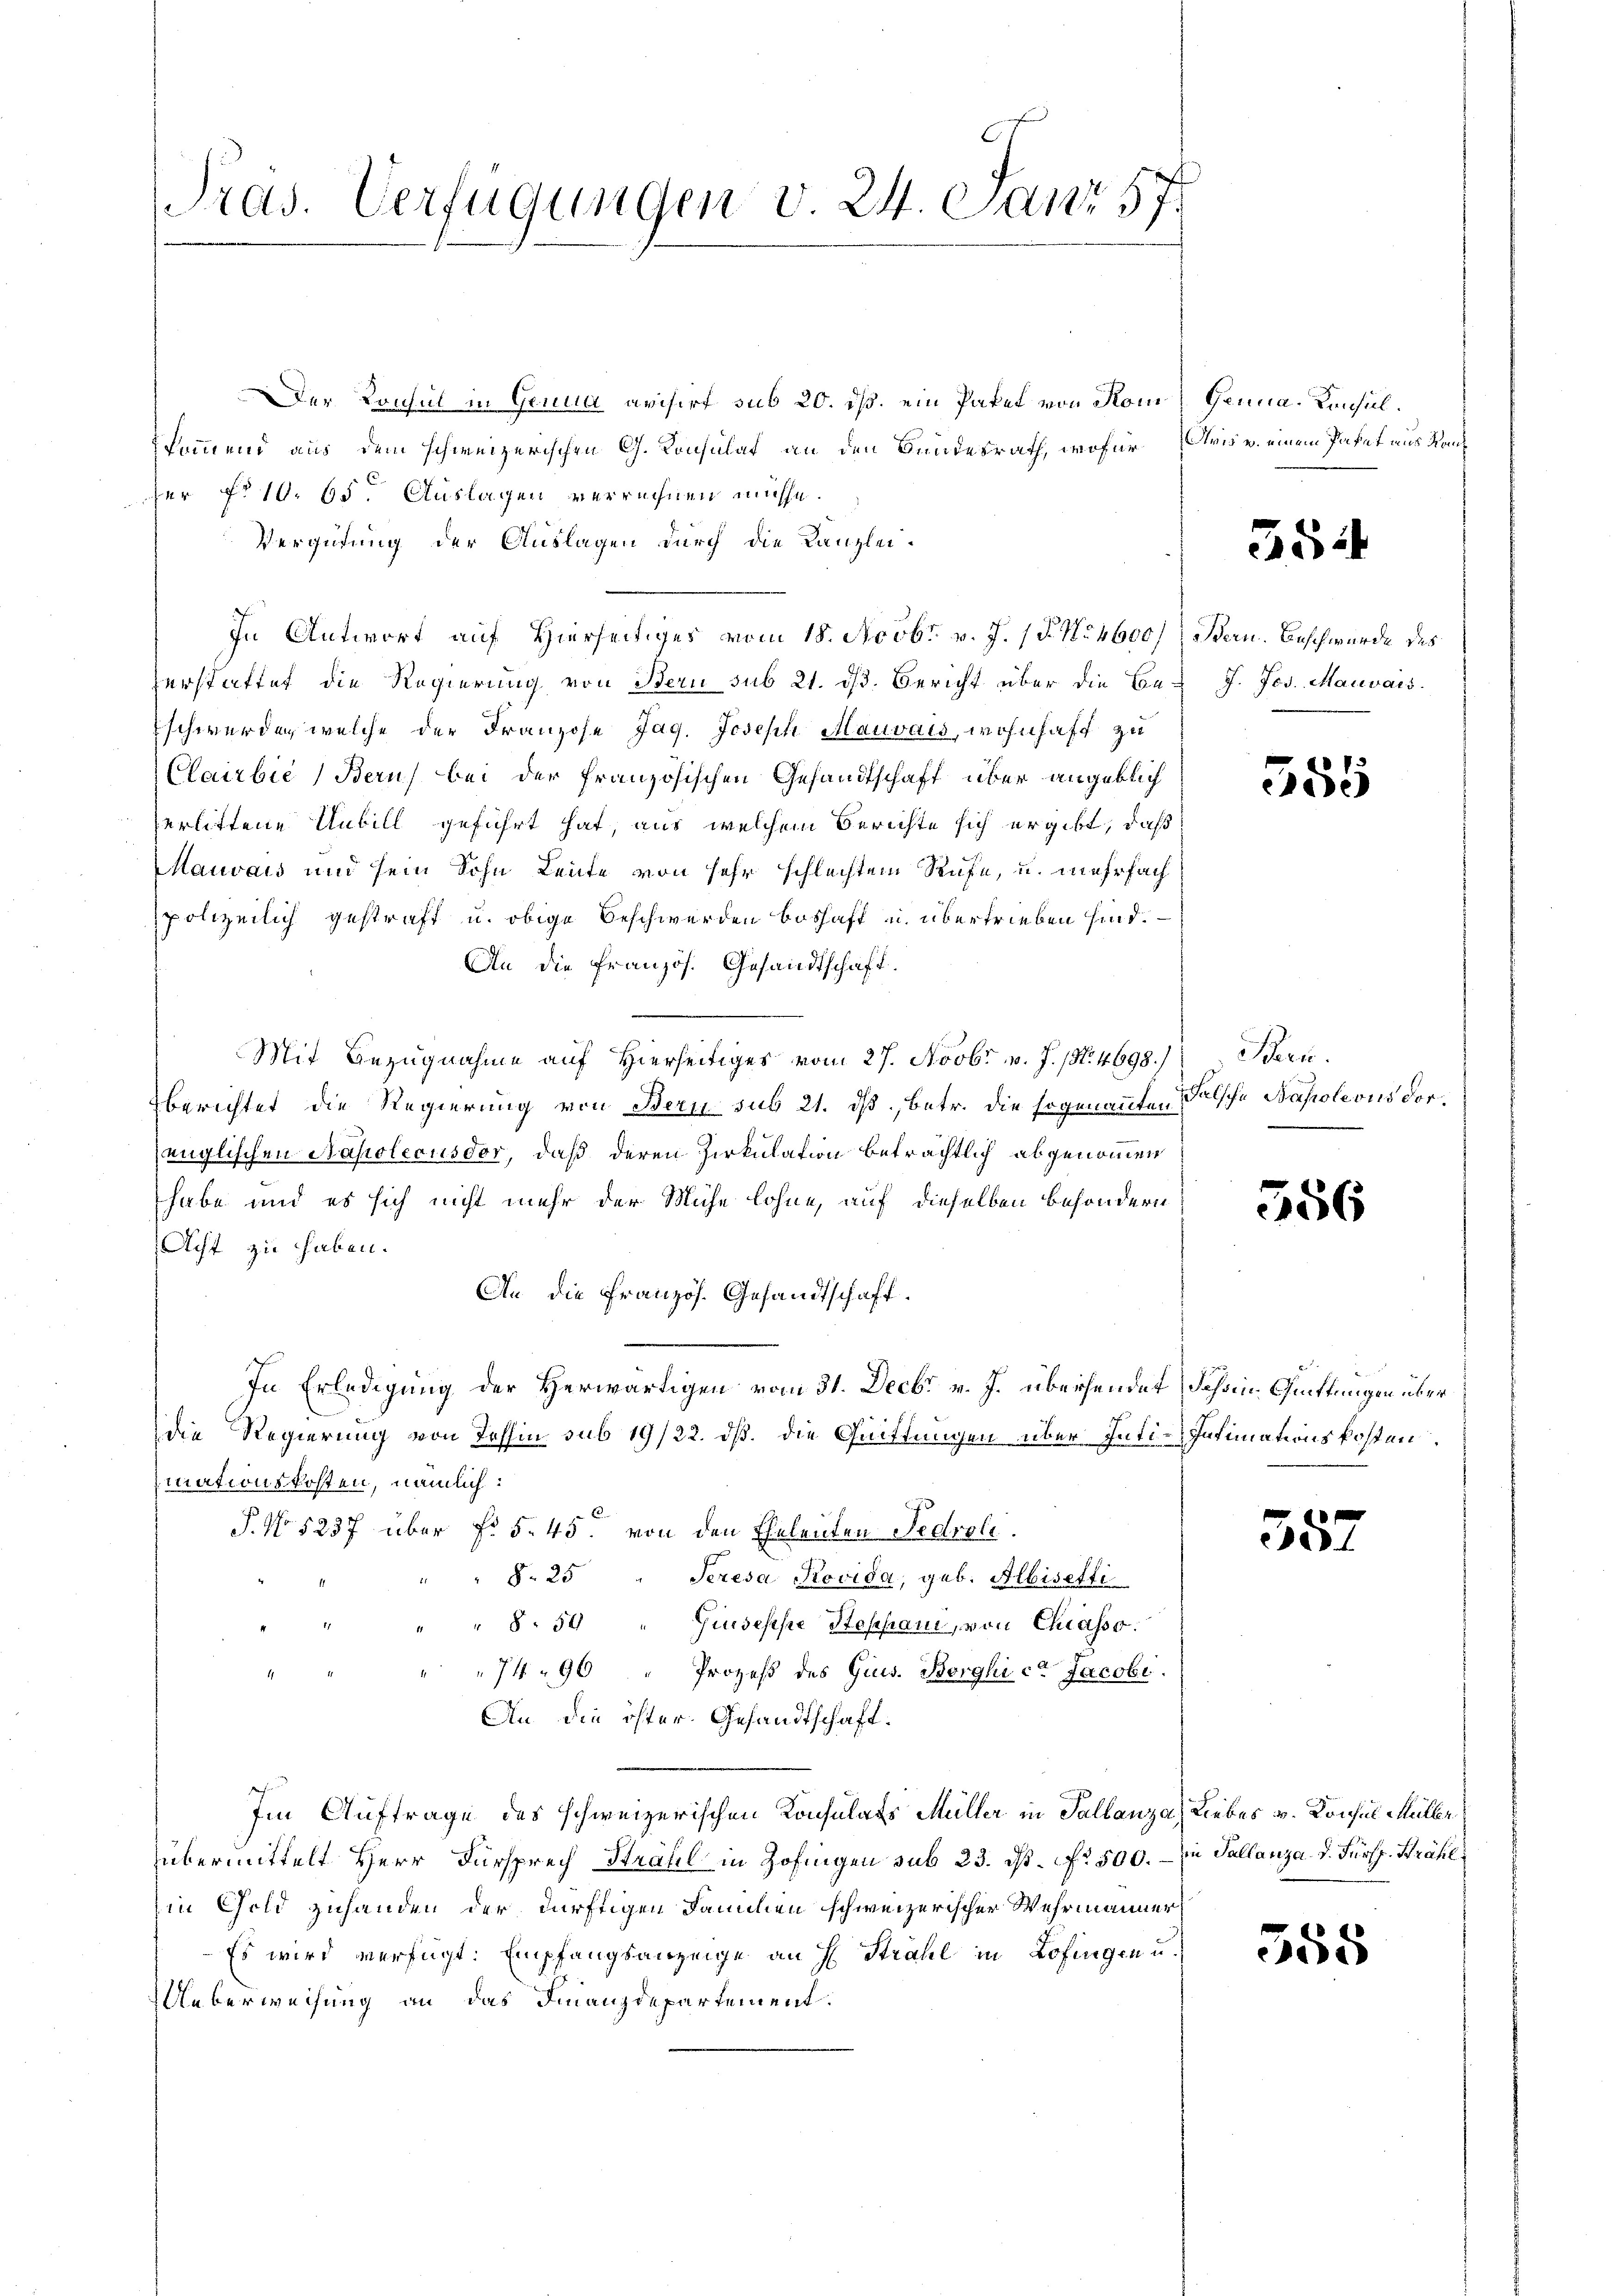
Der Konsul in Genua avisirt sub 20. ds. ein Paket von Kom
kommend aus dem schweizerischen G. Konsulat an den Bundesrath, wofür Aris v. einem Paket aus Kanz
der No 10. 65. Auslagen verrechnen müsse.
Vergütung der Auslagen durch die Kanzlei-
Zerstattet die Regierung von Bern sub 21. dβ. Bericht über die Be- J. Jos. Mauvais.
schwerden welche der Franzose Jag. Joseph Mauvais, wohnhaft zu
Clairbie) Beruf bei der französischen Gesandtschaft über angeblich
serlittene Unbill geführt hat, aus welchem Berichte sich ergibt, daß
Mauvais und sein Sohn Leute von sehr schlechtem Rufe, u. mehrfachpolizeilich gestraft u. obige Beschwerden boshaft u. übertrieben sind.
An die Französ. Gesandtschaft.
Mit Bezugnahme auf Hierseitiges vom 27. Novbr v. J. (N. 4698.)
berichtet die Regierung von Bern sub 21. dß, betr. die sogenannten Falsche Napoleons dorenglischen Napolecusdor, daß deren Zirkulation beträchtlich abgenommen
habe und es sich nicht mehr der Mühe lohne, auf dieselben besondern
Acht zu haben.
An die Französ. Gesandtschaft.
In Erledigung der Herwärtigen vom 31. Decbr v. J. übersendet Schon Quittungen über
die Regierung von Tessin sub 19/22. dß. die Quittungen über Inti-Infimmationskosten.
mnationskosten, nämlich:
P. No 5237 über fr. 5. 45. von den Eheleuten Fedrole.
§. 25 " Seresa Rovida, geb. Albisetti
8.50 " Giuseppe Stephan, von Chiasso.
7490 " Prozeß des Gius. Borghica Jacobi
An die öster Gesandtschaft.
Im Auftrage des schweizerischen Konsulats Müller in Tallanza, Liebes v. Konsul Müller
übermittelt Herr Fürsprech Strahl in Zofingen sub 23. ds. fr. 500. – in Sallanza. D. Fürsp. Strahl
in Gold zuhanden der dürftigen Familien schweizerischer Wehrmanner
Es wird verfügt: Empfangsanzeige an H. Strahl in Zofingen u.
Ueberweisung an das Finanzdepartement.

Pras. Verfügungen v. 24. Janr 57.

In Antwort auf Hierseitiges vom 18. Novbr. v. J. 17. No. 4600) Bern. Beschwerde des

Genua-Konsul.

3

355

Bern.

556

557

558